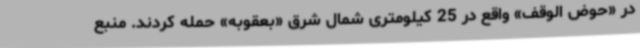
در «حوض الوقف» واقع در 25 کیلومتری شمال شرق «بعقوبه» حمله کردند. منبع